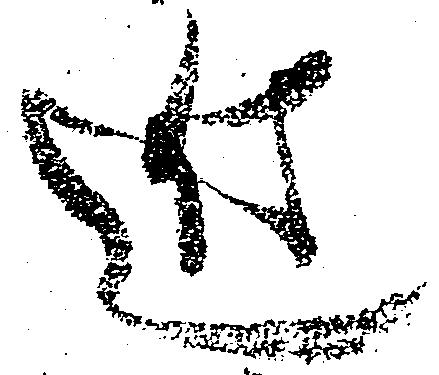
近